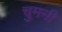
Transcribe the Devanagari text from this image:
चुमनी